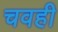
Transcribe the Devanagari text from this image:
चवही